Report on the working of the Ranchi Indian Mental Hospital, Kanke, in Bihar and Orissa - 1930-1940
Year: 1930
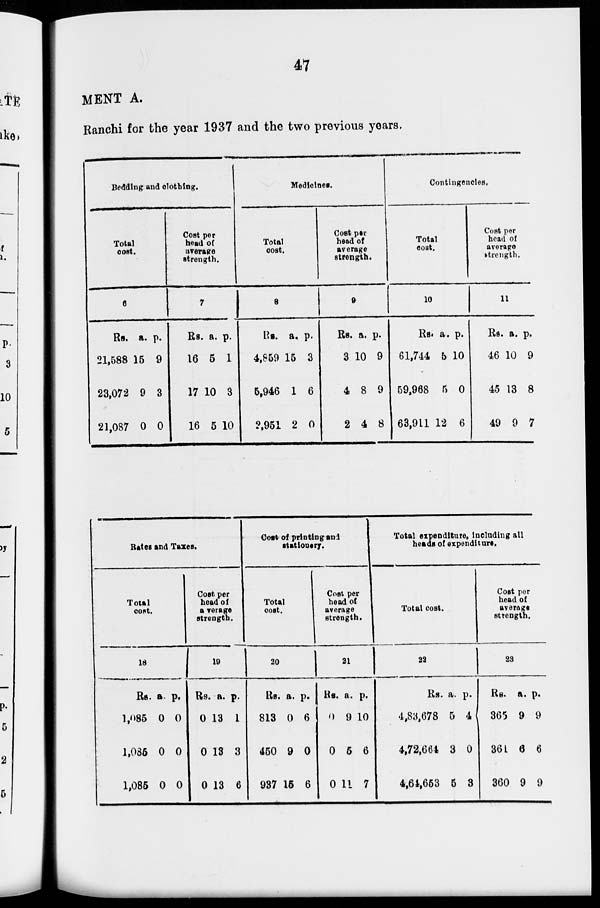
47
MENT A.
Ranchi for the year 1937 and the two previous years.
Bedding and clothing.
Total
cost.
6
Rs.
21,588
23,072
21,087
a.
15
9
0
p.
9
3
0
Cost per
head of
average
strength.
7
Rs.
16
17
16
a.
5
10
5
p.
1
3
10
Medicines.
Total
cost.
8
Rs.
4,859
5,946
2,951
a.
15
1
2
p.
3
6
0
Cost per
head of
average
strength.
9
Rs.
3
4
2
a.
10
8
4
p.
9
9
8
Contingencies.
Total
cost.
10
Rs.
61,744
59,968
63,911
a.
5
5
12
p.
10
0
6
Cost per
head of
average
strength.
11
Rs.
46
45
49
a.
10
13
9
p.
9
8
7
Rates and Taxes.
Total
coat.
18
Rs.
1,085
1,085
1,085
a.
0
0
0
p.
0
0
0
Cost per
head of
average
strength.
19
Rs.
0
0
0
a.
13
13
13
p.
1
3
6
Cost of printing and
stationery.
Total
cost.
20
Rs.
813
450
937
a.
0
9
16
p.
6
0
6
Cost per
head of
average
strength.
21
Rs.
0
0
0
a.
9
5
11
p.
10
6
7
Total expenditure, including all
heads of expenditure.
Total cost.
22
Rs.
4,83,678
4,72,664
4,64,653
a.
5
3
5
p.
4
0
3
Cost per
head of
average
strength.
23
Rs.
365
364
360
a.
9
6
9
p.
9
6
9